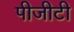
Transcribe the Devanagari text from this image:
पीजीटी